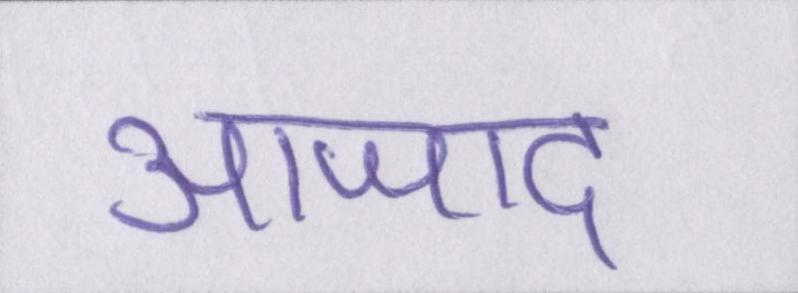
आजाद